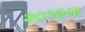
૨૦૧૨મા